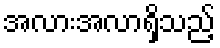
အလားအလာရှိသည့်